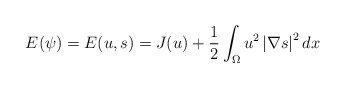
\begin{align*}E(\psi )=E(u,s)=J(u)+\frac{1}{2}\int \nolimits_{\Omega }u^{2}\left \vert\nabla s\right \vert ^{2}dx \end{align*}